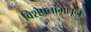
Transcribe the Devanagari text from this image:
विशेषतांमधून